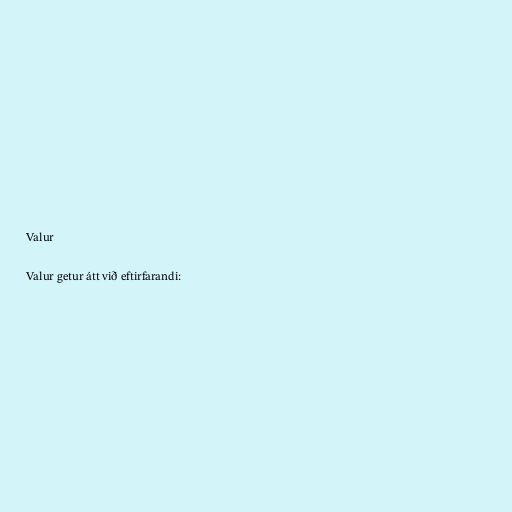
Valur

Valur getur átt við eftirfarandi: